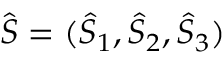
\hat { \boldsymbol { S } } = ( \hat { S } _ { 1 } , \hat { S } _ { 2 } , \hat { S } _ { 3 } )